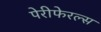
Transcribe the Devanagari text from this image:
पेरीफेरल्स